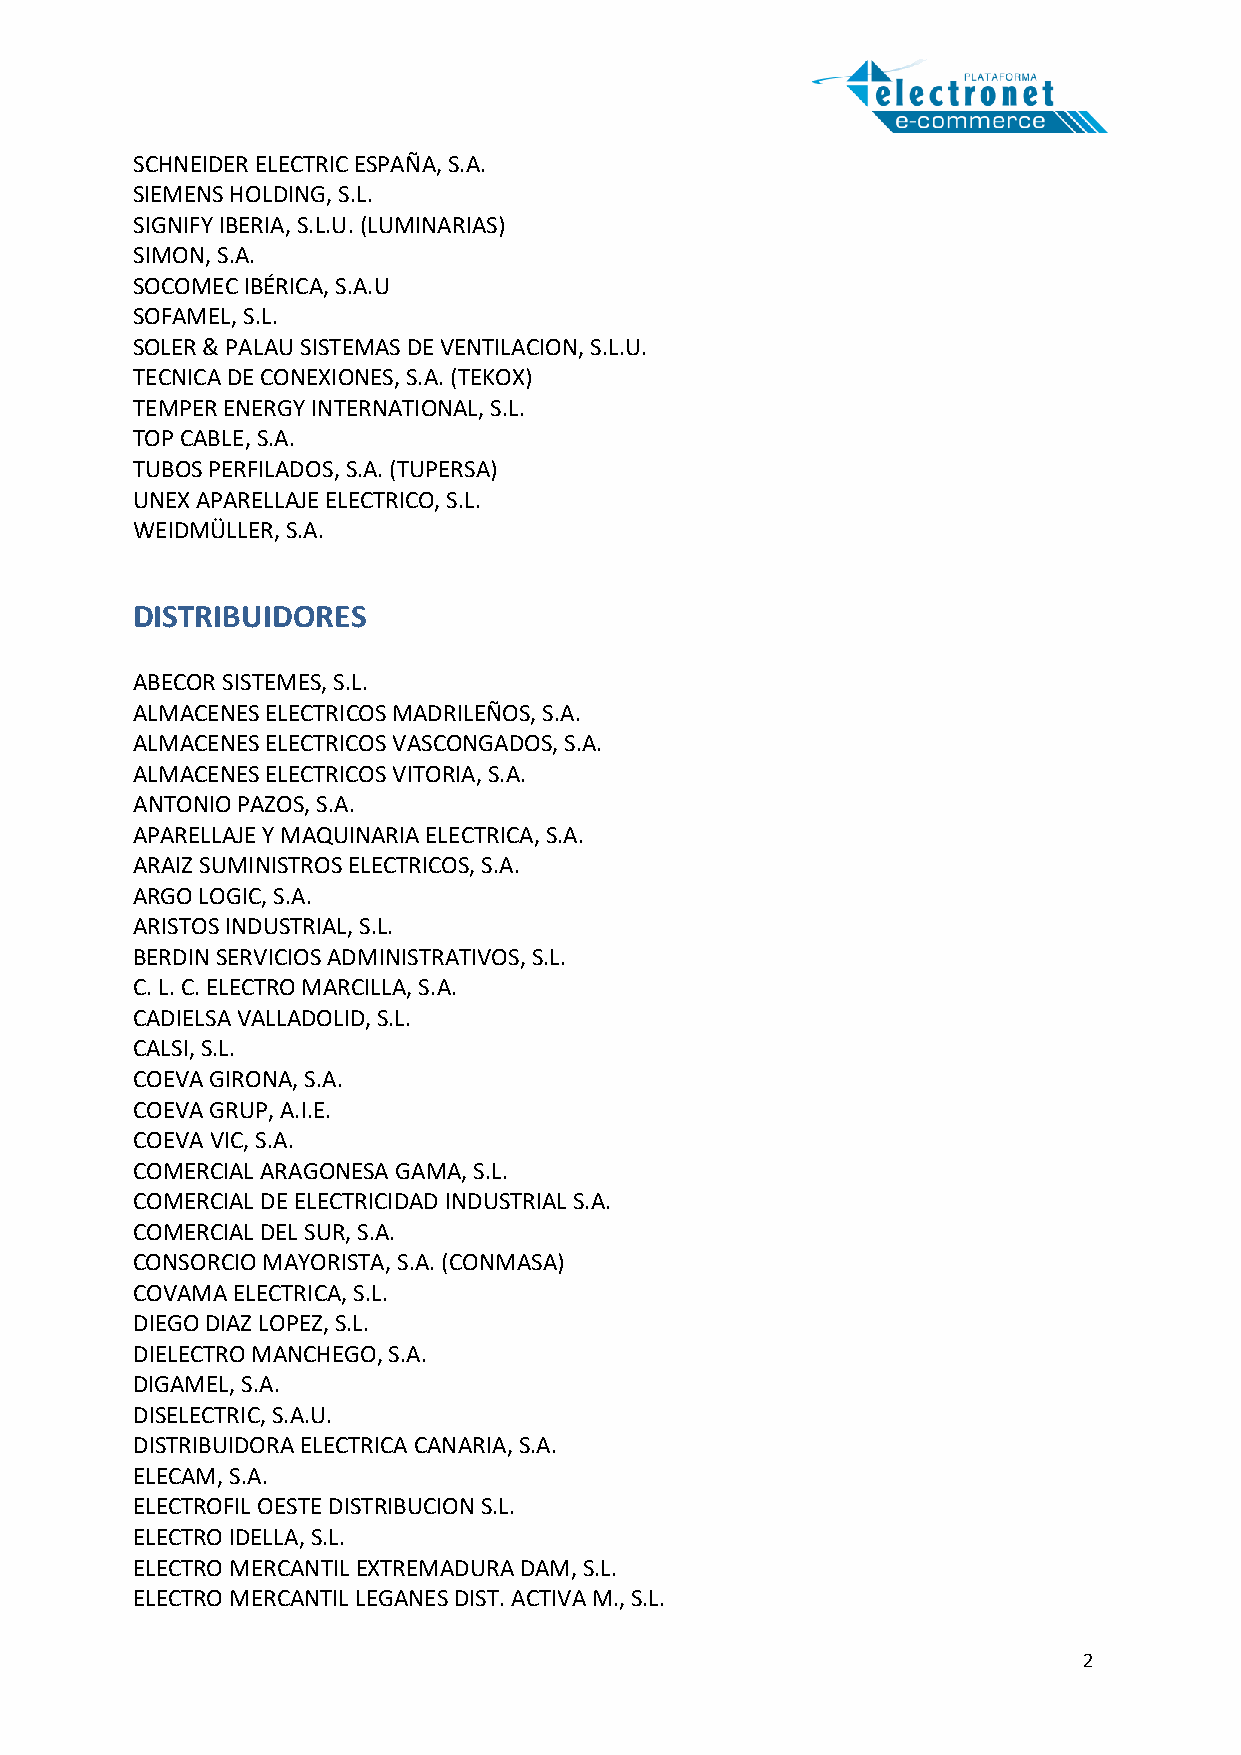
SCHNEIDER ELECTRIC ESPAÑA, S.A.
 SIEMENS HOLDING, S.L.
 SIGNIFY IBERIA, S.L.U. (LUMINARIAS)
 SIMON, S.A.
 SOCOMEC IBÉRICA, S.A.U
 SOFAMEL, S.L.
 SOLER & PALAU SISTEMAS DE VENTILACION, S.L.U.
 TECNICA DE CONEXIONES, S.A. (TEKOX)
 TEMPER ENERGY INTERNATIONAL, S.L.
 TOP CABLE, S.A.
 TUBOS PERFILADOS, S.A. (TUPERSA)
 UNEX APARELLAJE ELECTRICO, S.L.
 WEIDMÜLLER, S.A.
 DISTRIBUIDORES
 ABECOR SISTEMES, S.L.
 ALMACENES ELECTRICOS MADRILEÑOS, S.A.
 ALMACENES ELECTRICOS VASCONGADOS, S.A.
 ALMACENES ELECTRICOS VITORIA, S.A.
 ANTONIO PAZOS, S.A.
 APARELLAJE Y MAQUINARIA ELECTRICA, S.A.
 ARAIZ SUMINISTROS ELECTRICOS, S.A.
 ARGO LOGIC, S.A.
 ARISTOS INDUSTRIAL, S.L.
 BERDIN SERVICIOS ADMINISTRATIVOS, S.L.
 C. L. C. ELECTRO MARCILLA, S.A.
 CADIELSA VALLADOLID, S.L.
 CALSI, S.L.
 COEVA GIRONA, S.A.
 COEVA GRUP, A.I.E.
 COEVA VIC, S.A.
 COMERCIAL ARAGONESA GAMA, S.L.
 COMERCIAL DE ELECTRICIDAD INDUSTRIAL S.A.
 COMERCIAL DEL SUR, S.A.
 CONSORCIO MAYORISTA, S.A. (CONMASA)
 COVAMA ELECTRICA, S.L.
 DIEGO DIAZ LOPEZ, S.L.
 DIELECTRO MANCHEGO, S.A.
 DIGAMEL, S.A.
 DISELECTRIC, S.A.U.
 DISTRIBUIDORA ELECTRICA CANARIA, S.A.
 ELECAM, S.A.
 ELECTROFIL OESTE DISTRIBUCION S.L.
 ELECTRO IDELLA, S.L.
 ELECTRO MERCANTIL EXTREMADURA DAM, S.L.
 ELECTRO MERCANTIL LEGANES DIST. ACTIVA M., S.L.
 2